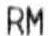
RM